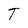
Character: T